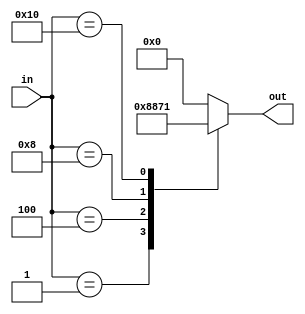
module five_bit_ROM(
    input [4:0] in,
    output [4:0] out
    );
	
	reg out;
	always @(in)
		case(in)
			1: out = 5'b00001;
			2: out = 0;
			4: out = 2;
			8: out = 3;
			16: out = 17;
			default: out = 0;
		endcase

endmodule